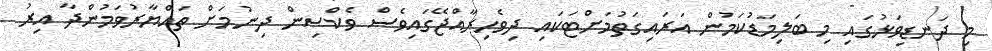
މި ދަނޑިވަޅުގައި މި ބަލިމަޑުކަމުން އަރައިގަތުމަށްޓަކައި ދިވެހިރާއްޖޭގައިވެސް ވެކްސިން ދިނުމަށް ތައްޔާރުވަމުންދާ އިރު